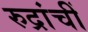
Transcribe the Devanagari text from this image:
रुद्रांचीं